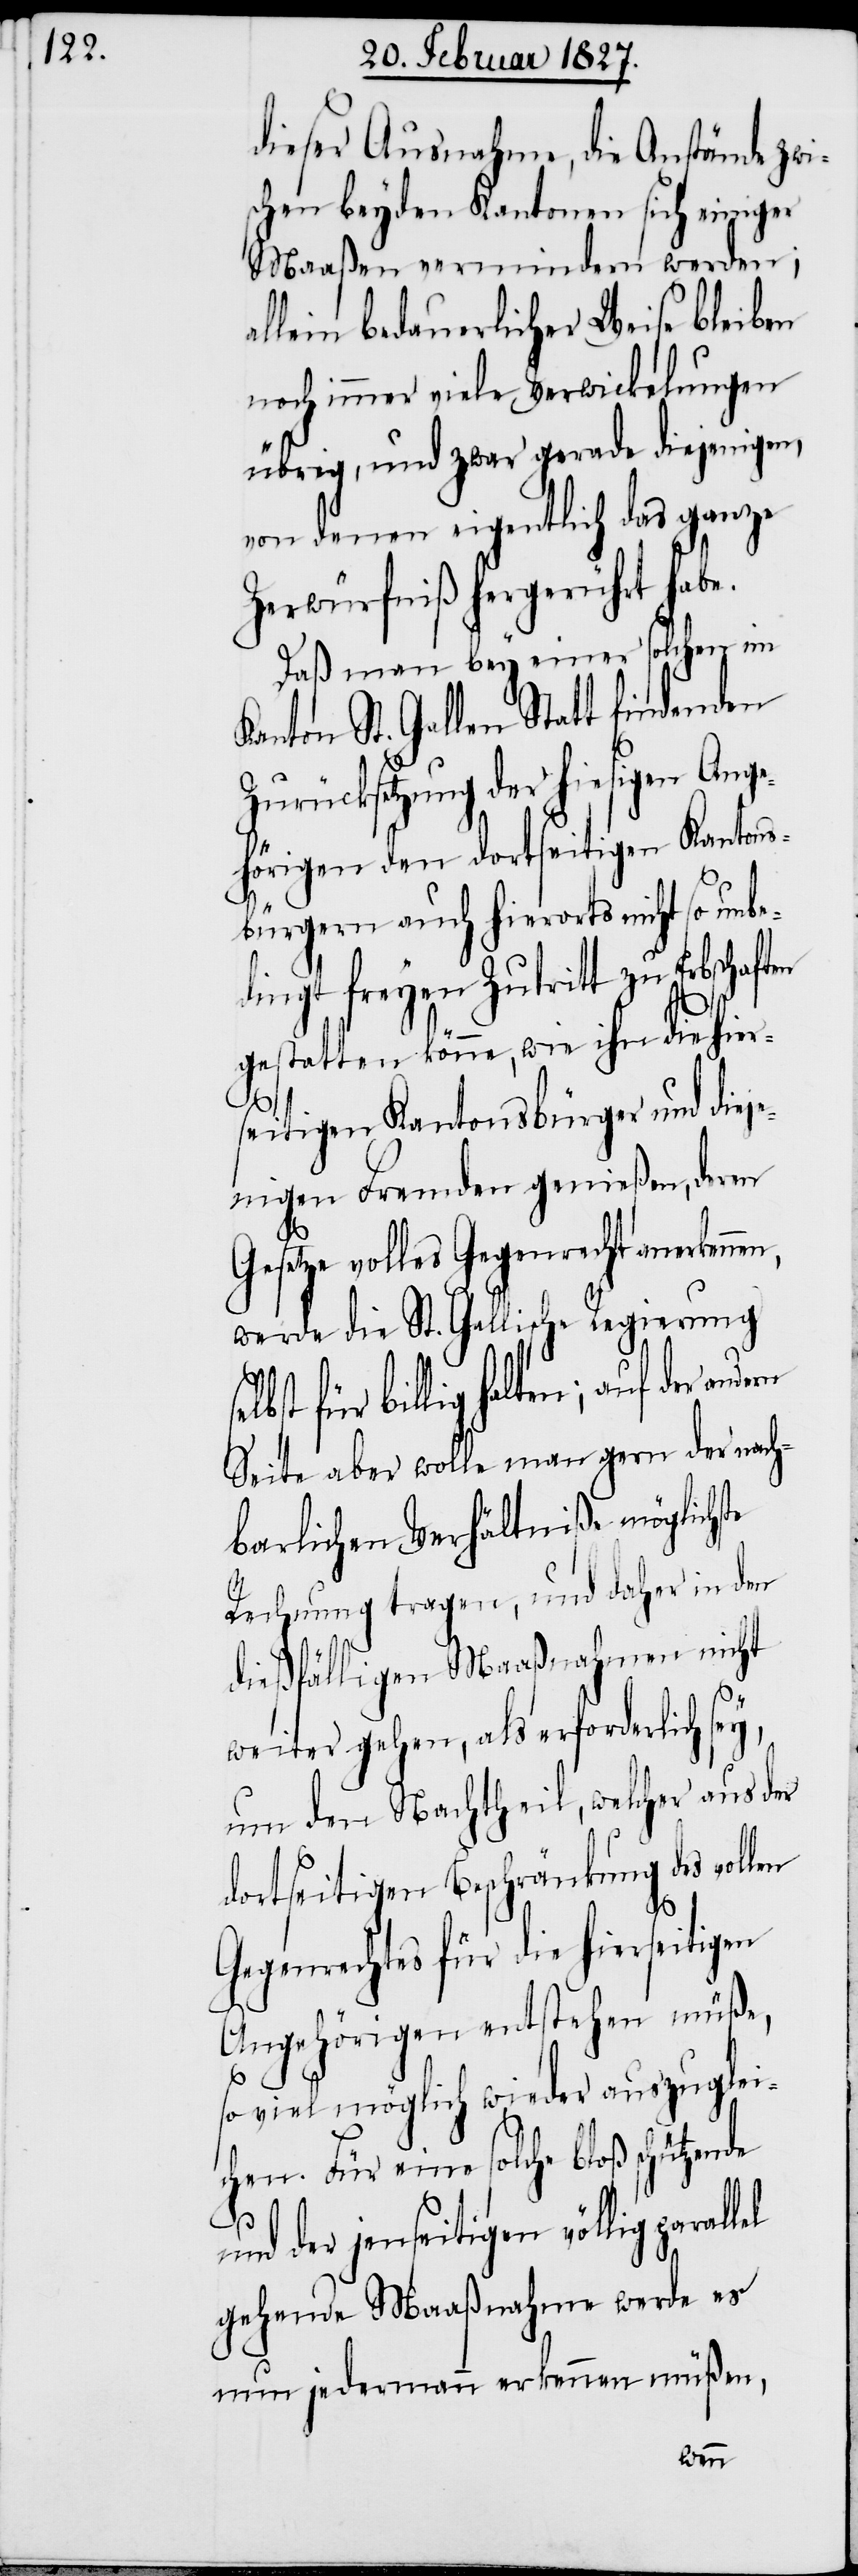
dieser Ausnahme, die Anstände zwi¬
schen beyden Kantonen sich einiger
Maaßen vermindern werden;
allein bedauerlicher Weise bleiben
noch immer viele Verwickelungen
übrig, und zwar gerade diejenigen,
von denen eigentlich das ganze
Zerwürfniß hergerührt habe.
Daß man bey einer solchen im
anton St. Gallen Statt findenden
Zurücksetzung der hiesigen Ange¬
hörigen den dortseitigen Kantons¬
bürgern auch hierorts nicht so unbe¬
dingt freyen Zutritt zu Erbschaften
gestatten könne, wie ihn die hier¬
seitigen Kantonsbürger und dieje¬
nigen Fremden genießen, deren
Gesetze volles Gegenrecht anerkenn¬
werde die St. Gallische Regierung
für billig halten; auf der an¬
Seite aber wolle man gern der nach¬
barlichen Verhältniße möglichste
Rechnung tragen, und daher in den
dießfälligen Maaßnahmen nicht
weiter gehen, als erforderlich sey,
um den Nachtheil, welcher aus der
dortseitigen Beschränkung des vol¬
Gegenrechtes für die hierseitigen
Angehörigen entstehen müße,
so viel möglich wieder auszuglei¬
chen. Für eine solche bloß schützende
der jenseitigen völlig paral¬
gehende Maaßnahme werde es
nun jedermann erkennen müßen,
lel